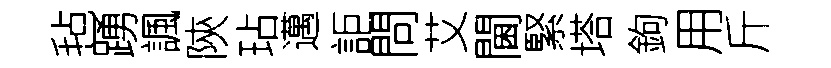
毡踴諷陝玷邁詎問艾閫緊塔鉤用斤